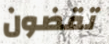
تقضون